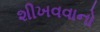
શીખવવાનો